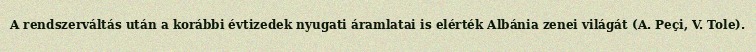
A rendszerváltás után a korábbi évtizedek nyugati áramlatai is elérték Albánia zenei világát (A. Peçi, V. Tole).